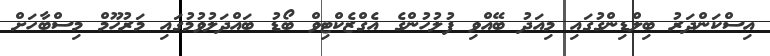
އިސްކަންދަރު ބިލްޑިންގުގައި މިއަދު ބޭއްވި ފުލުހުންގެ އެގްޒެކްޓިވް ބޯޑު ބައްދަލުވުމުގައި މަރުހޫމް މިސްބާހަށް